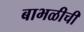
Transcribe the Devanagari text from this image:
बाभळीची